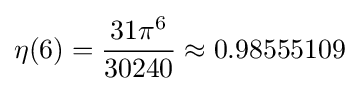
\eta (6)={{31\pi ^{6}} \over 30240}\approx 0.98555109